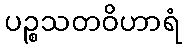
ပဉ္စသတဝိဟာရံ